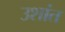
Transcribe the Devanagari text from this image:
उशांत